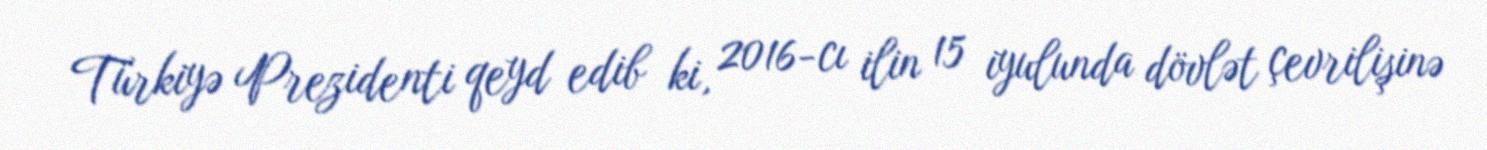
Türkiyə Prezidenti qeyd edib ki, 2016-cı ilin 15 iyulunda dövlət çevrilişinə